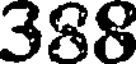
388